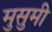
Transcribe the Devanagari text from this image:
मुसुमी